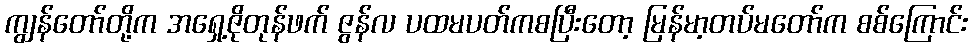
ကျွန်တော်တို့က အရှေ့ဇိုတုန်ဖက် ဇွန်လ ပထမပတ်ကစပြီးတော့ မြန်မာ့တပ်မတော်က စစ်ကြောင်း